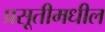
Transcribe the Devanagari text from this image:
प्रसूतीमधील